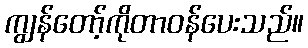
ကျွန်တော့်ကိုတာဝန်ပေးသည်။